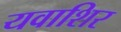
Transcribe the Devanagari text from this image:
यवाशिर